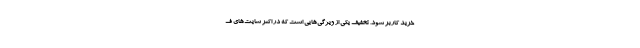
خرید کاربر شود. تخفیف یکی از ویژگی‌هایی است که در اکثر سایت‌های ف